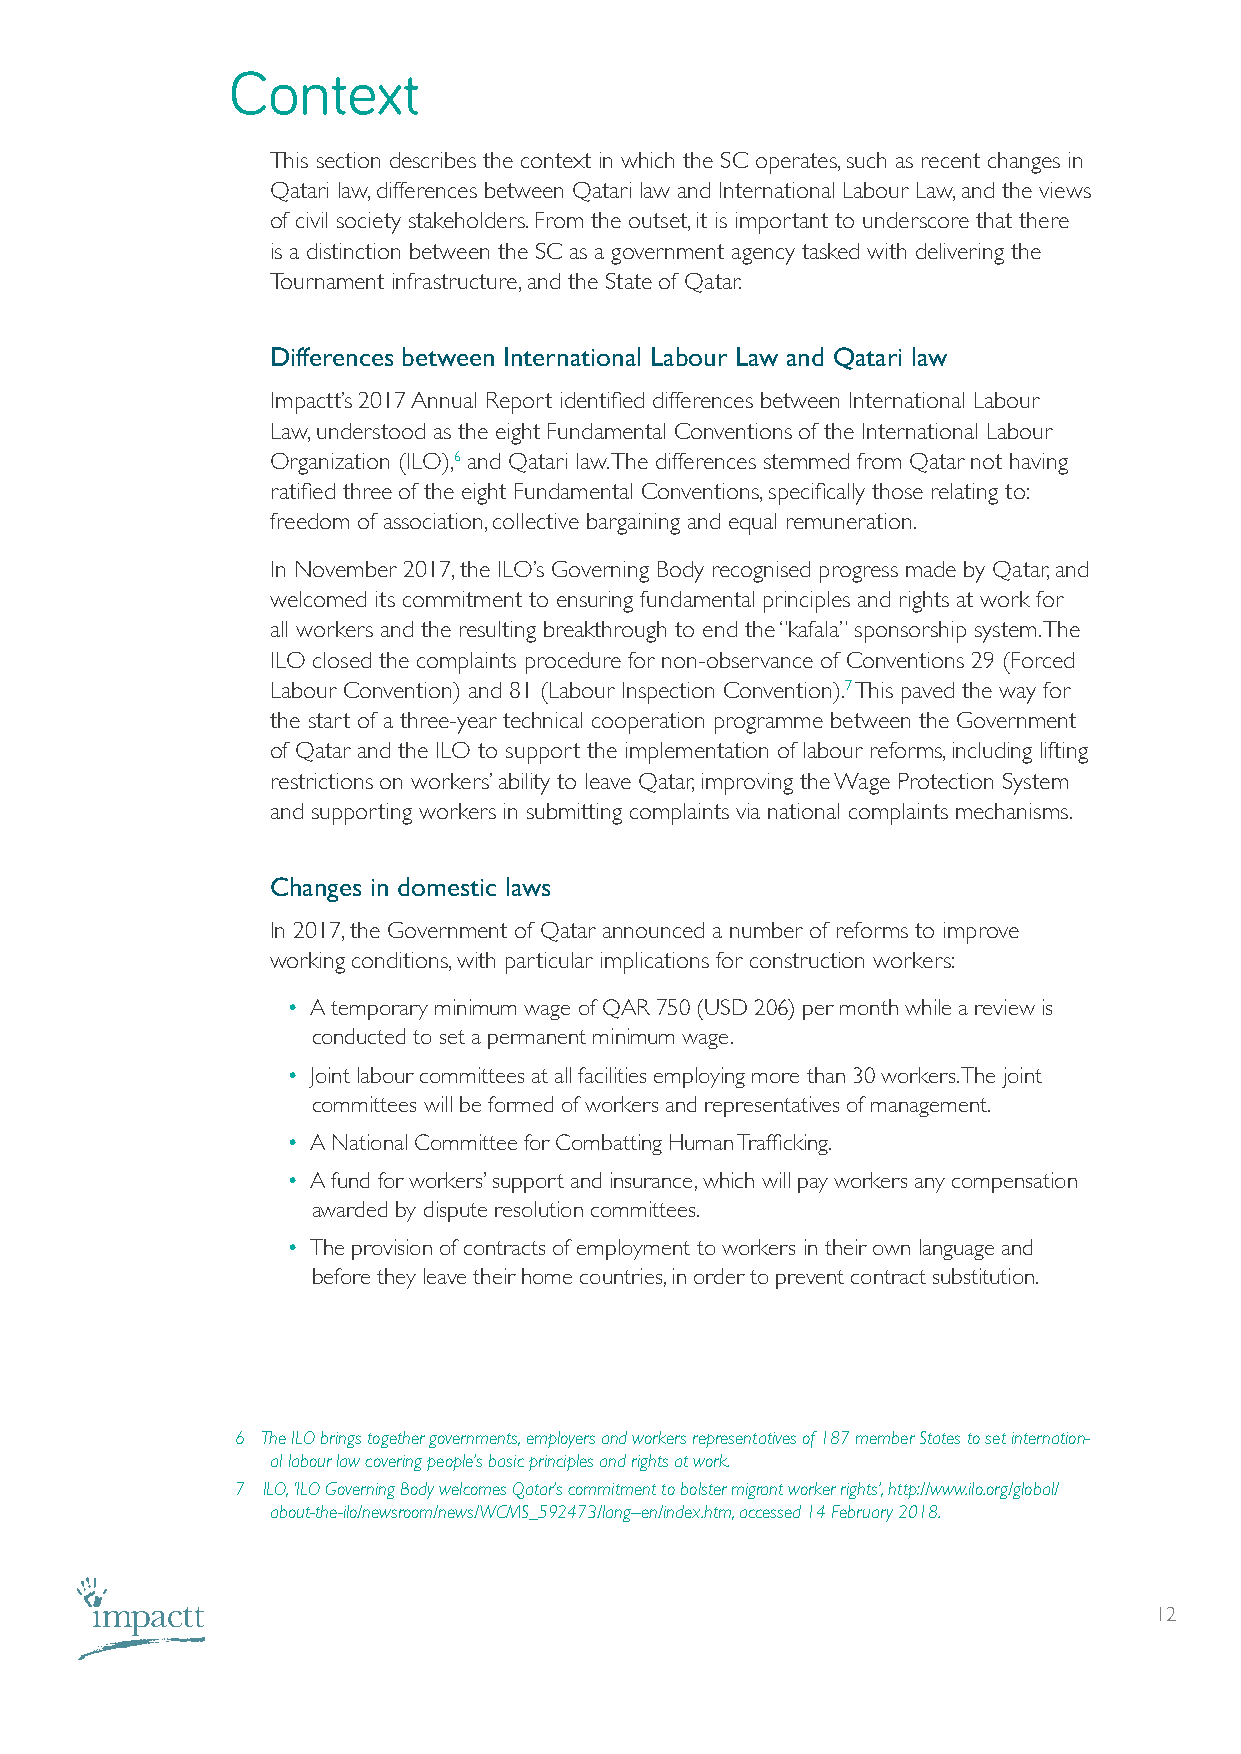
Context
 This section describes the context in which the SC operates, such as recent changes in
 Qatari law, differences between Qatari law and International Labour Law, and the views
 of civil society stakeholders. From the outset, it is important to underscore that there
 is a distinction between the SC as a government agency tasked with delivering the
 Tournament infrastructure, and the State of Qatar.
 Differences between International Labour Law and Qatari law
 Impactt’s 2017 Annual Report identified differences between International Labour
 Law, understood as the eight Fundamental Conventions of the International Labour
 Organization (ILO),6 and Qatari law. The differences stemmed from Qatar not having
 ratified three of the eight Fundamental Conventions, specifically those relating to:
 freedom of association, collective bargaining and equal remuneration.
 In November 2017, the ILO’s Governing Body recognised progress made by Qatar, and
 welcomed its commitment to ensuring fundamental principles and rights at work for
 all workers and the resulting breakthrough to end the “kafala” sponsorship system. The
 ILO closed the complaints procedure for non-observance of Conventions 29 (Forced
 Labour Convention) and 81 (Labour Inspection Convention).7 This paved the way for
 the start of a three-year technical cooperation programme between the Government
 of Qatar and the ILO to support the implementation of labour reforms, including lifting
 restrictions on workers’ ability to leave Qatar, improving the Wage Protection System
 and supporting workers in submitting complaints via national complaints mechanisms.
 Changes in domestic laws
 In 2017, the Government of Qatar announced a number of reforms to improve
 working conditions, with particular implications for construction workers:
 • A temporary minimum wage of QAR 750 (USD 206) per month while a review is
 conducted to set a permanent minimum wage.
 • Joint labour committees at all facilities employing more than 30 workers. The joint
 committees will be formed of workers and representatives of management.
 • A National Committee for Combatting Human Trafficking.
 • A fund for workers’ support and insurance, which will pay workers any compensation
 awarded by dispute resolution committees.
 • The provision of contracts of employment to workers in their own language and
 before they leave their home countries, in order to prevent contract substitution.
 6 The ILO brings together governments, employers and workers representatives of 187 member States to set internation-
 al labour law covering people’s basic principles and rights at work.
 7 ILO, ‘ILO Governing Body welcomes Qatar’s commitment to bolster migrant worker rights’, http://www.ilo.org/global/
 about-the-ilo/newsroom/news/WCMS_592473/lang--en/index.htm, accessed 14 February 2018.
 12